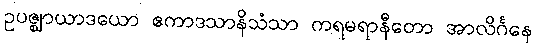
ဥပဇ္ဈာယာဒယော ဧကာဒသာနိသံသာ ကရမရာနီတော အာလိင်္ဂနေ